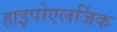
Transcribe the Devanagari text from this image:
हाइपोएलर्जिक